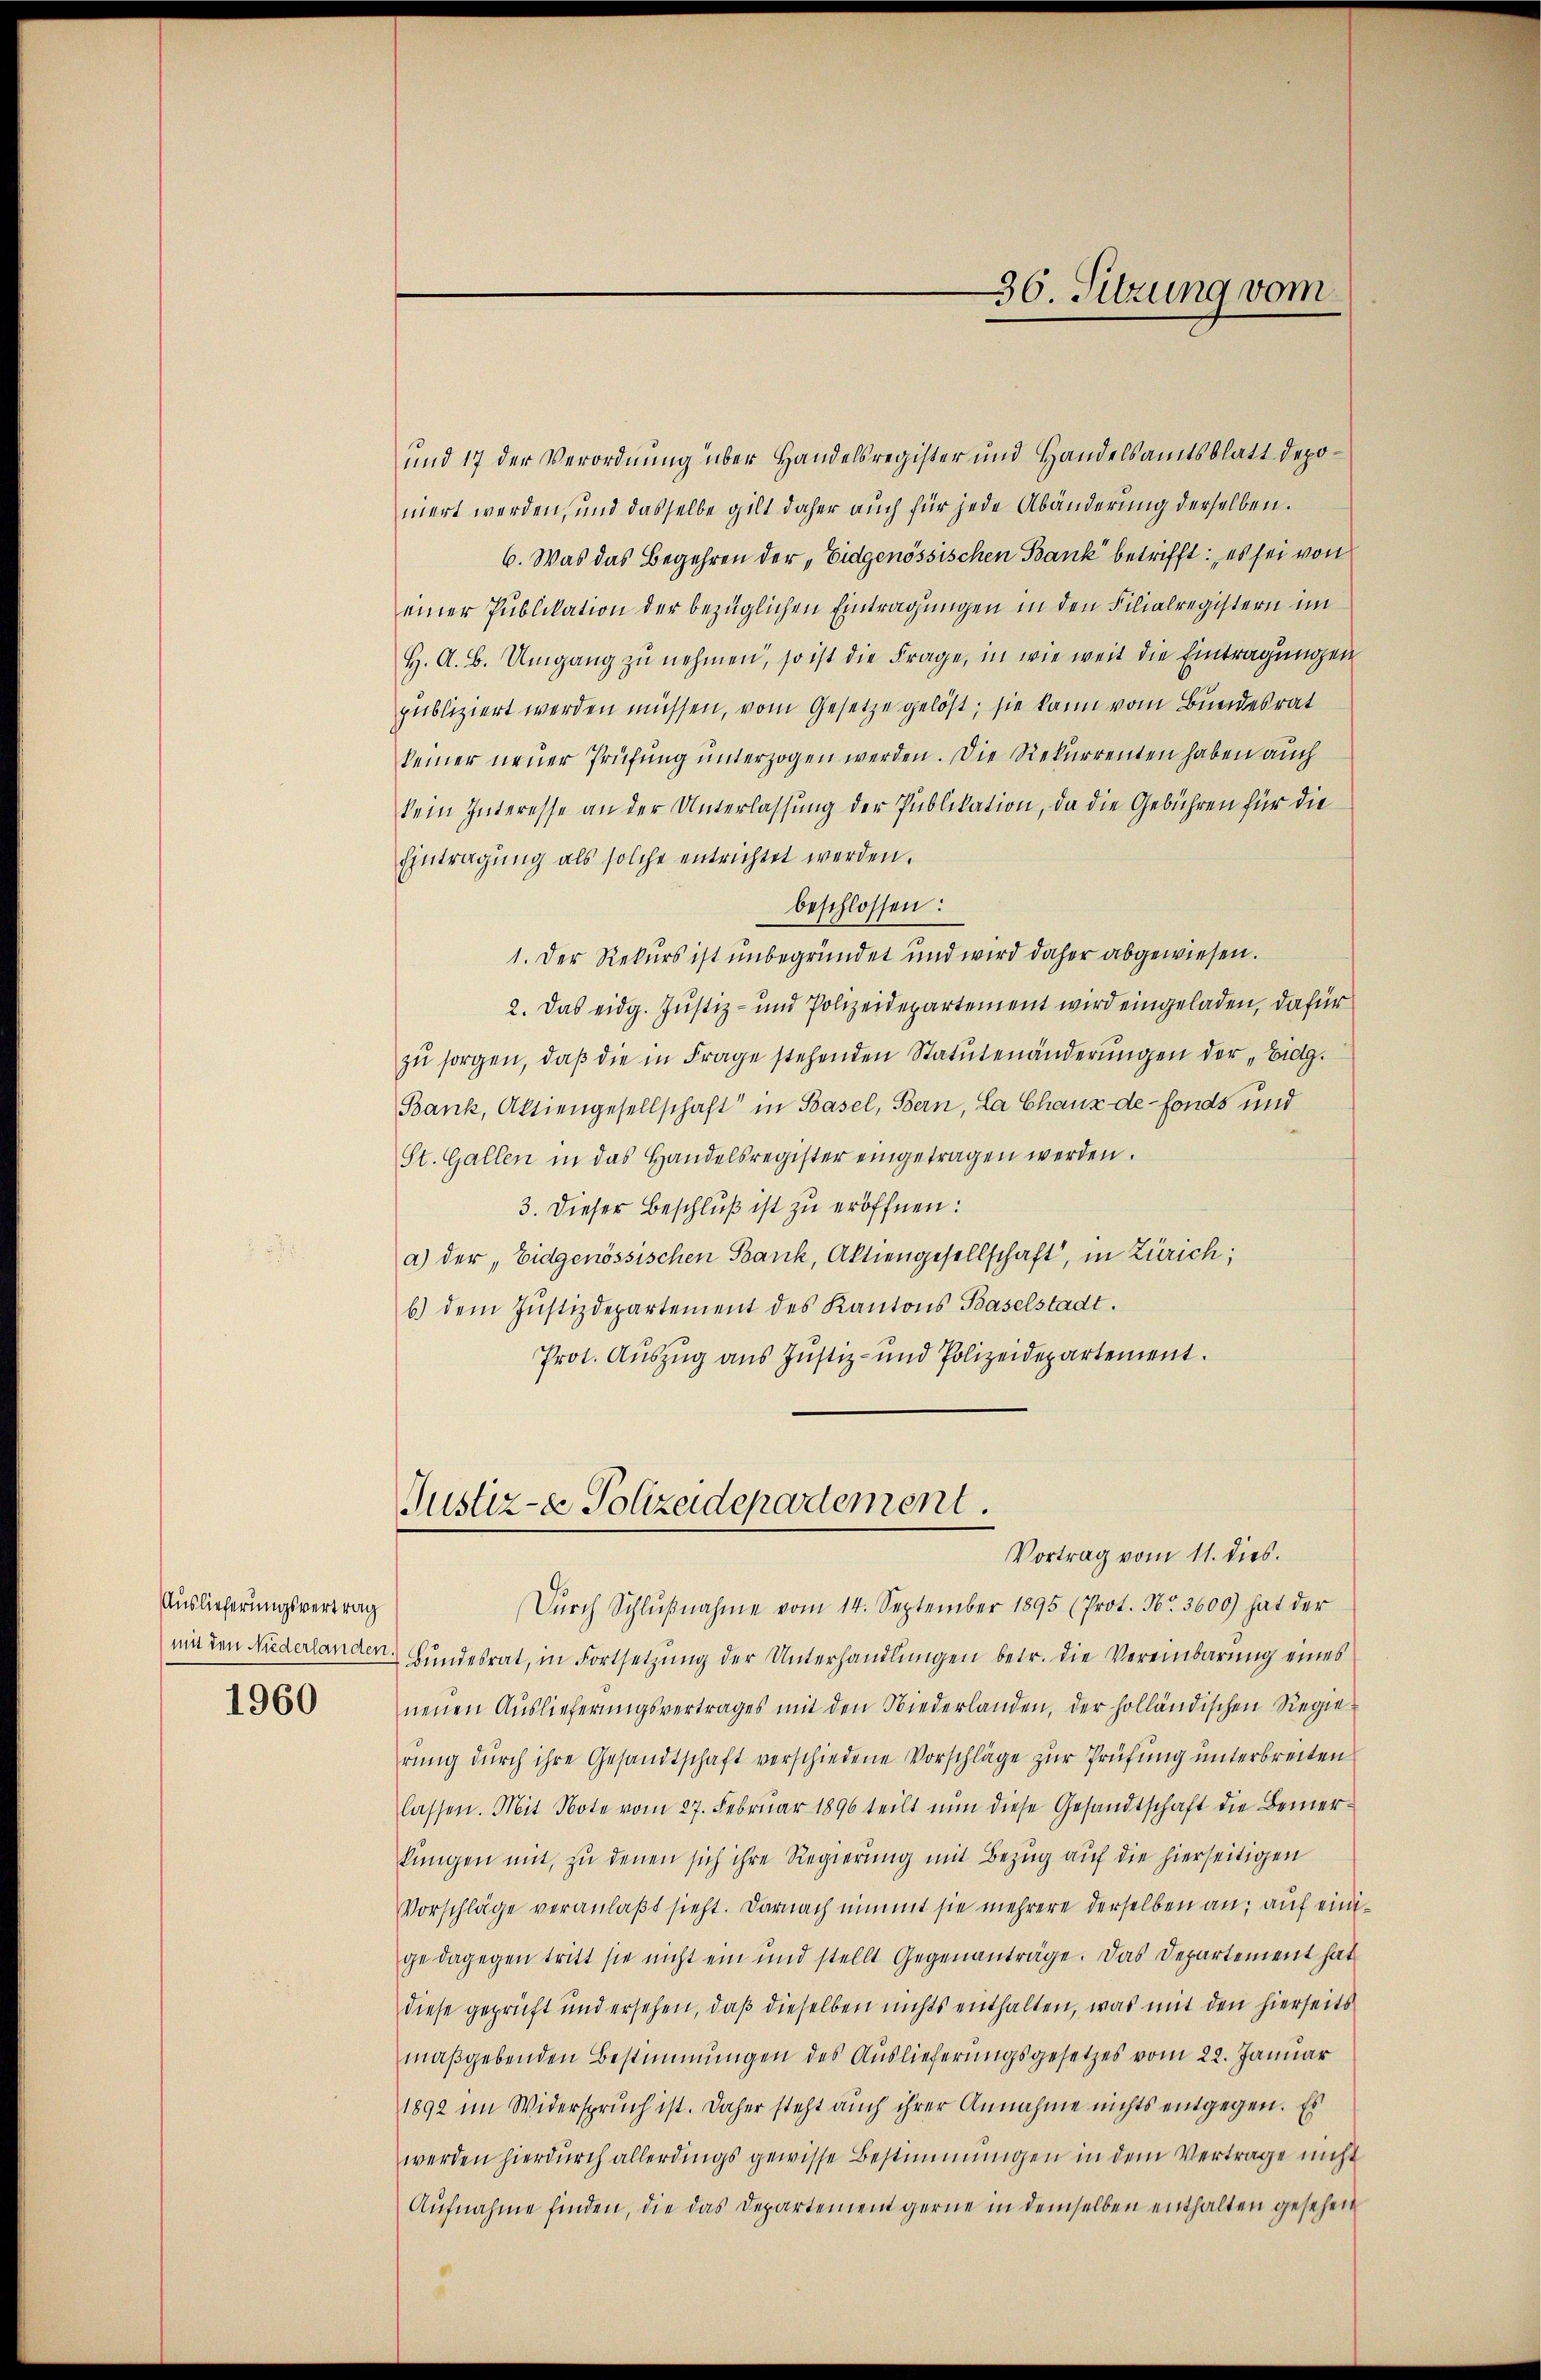
Auslieferungsvertrag
1960

und 17 der Verordnung über Handelsregister und Handelsamtsblatt deponiert werden, und dasselbe gilt daher auch für jede Abänderung derselben.
6. Was das Begehren der „Eidgenössischen Bank betrifft, es sei von
einer Publikation der bezüglichen Eintragungen in den Filialregistern im
H. A. B. Umgang zu nehmen, so ist die Frage, in wie weit die Eintragungen
publiziert werden müssen, vom Gesetze gelöst; sie kann vom Bundesrat
keiner neuer Prüfung unterzogen werden. Die Rekurrenten haben auch
kein Interesse an der Unterlassung der Publikation, da die Gebühren für die
Eintragung als solche entrichtet werden.
beschlossen:
1. Der Rekurs ist unbegründet und wird daher abgewiesen.
2. Das eidg. Justiz- und Polizeidepartement wird eingeladen, dafür
zŭ sorgen, daβ die in Frage stehenden Statutenänderŭngen der „Eidg.
Bank, Aktiengesellschaft in Basel, Bern, La Chaux de fonds und
St. Gallen in das Handelsregister eingetragen werden.
3. Dieser Beschluß ist zu eröffnen:
a) der Eidgenössischen Bank, Aktiengesellschaft, in Zürich;
b.) dem Jŭstizdepartement des Kantons Baselstadt.
Prot. Auszug aus Justiz- und Polizeidepartement.

Dŭrch Schlŭβnahme vom 14. September 1895 (Prot. Nr. 3600) hat der
mit den Niederlanden Bŭndesrat, in Fortsetzŭng der Unterhandlŭngen betr. die Vereinbarung eines
neŭen Auslieferŭngsvertrages mit den Niederlanden, der holländischen Regie
rung durch ihre Gesandtschaft verschiedene Vorschläge zur Prüfung unterbreiten
lassen. Mit Note vom 27. Febrŭar 1896 teilt nŭn diese Gesandtschaft die Bemerkungen mit, zu denen sich ihre Regierung mit Bezug auf die hierseitigen
Vorschläge veranlaßt sieht. Darnach nimmt sie mehrere derselben an, auf einige dagegen tritt sie nicht ein und stellt Gegenanträge. Das Departement hat
diese geprüft und ersehen, daß dieselben nichts enthalten, was mit den hierseits
maßgebenden Bestimmungen des Auslieferungsgesetzes vom 22. Januar
1892 im Widerspruch ist. Daher steht auch ihrer Annahme nichts entgegen. Es
werden hierdurch allerdings gewisse Bestimmungen in dem Vertrage nicht
Aufnahme finden, die das Departement gerne in demselben enthalten gesehen

36. Sitzung vom

Justiz- & Polizeidepartement.
Vortrag vom 11. dies